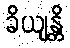
ခိယျန္တိ